Indian journal of veterinary science and animal husbandry - Volume 2,
Year: 1932
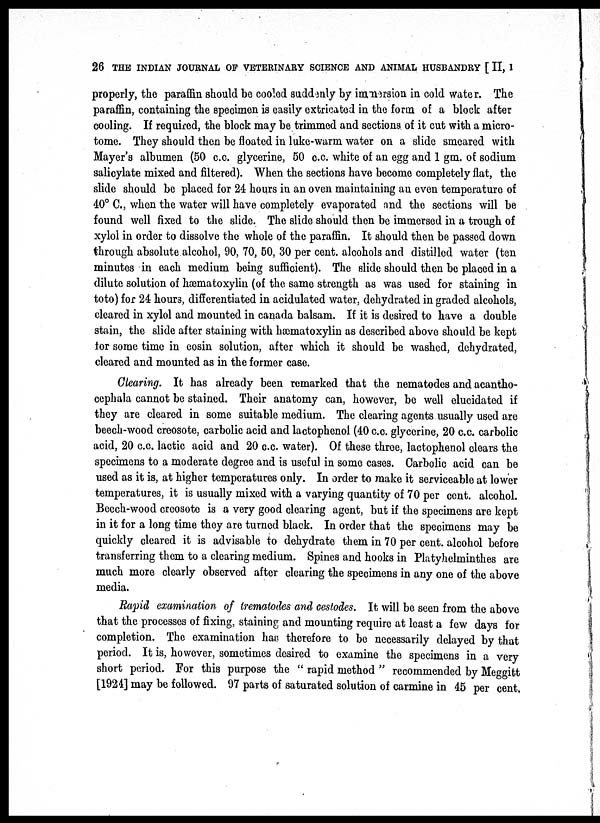
26 THE INDIAN JOURNAL OF VETERINARY SCIENCE AND ANIMAL HUSBANDRY [ II, 1
properly, the paraffin should be cooled suddenly by immersion in cold water. The
paraffin, containing the specimen is easily extricated in the form of a block after
cooling. If required, the block may be trimmed and sections of it cut with a micro-
tome. They should then be floated in luke-warm water on a slide smeared with
Mayer's albumen (50 c.c. glycerine, 50 c.c. white of an egg and 1 gm. of sodium
salicylate mixed and filtered). When the sections have become completely flat, the
slide should be placed for 24 hours in an oven maintaining an even temperature of
40° C., when the water will have completely evaporated and the sections will be
found well fixed to the slide. The slide should then be immersed in a trough of
xylol in order to dissolve the whole of the paraffin. It should then be passed down
through absolute alcohol, 90, 70, 50, 30 per cent. alcohols and distilled water (ten
minutes in each medium being sufficient). The slide should then be placed in a
dilute solution of hæmatoxylin (of the same strength as was used for staining in
toto) for 24 hours, differentiated in acidulated water, dehydrated in graded alcohols,
cleared in xylol and mounted in canada balsam. If it is desired to have a double
stain, the slide after staining with hæmatoxylin as described above should be kept
for some time in eosin solution, after which it should be washed, dehydrated,
cleared and mounted as in the former case.
Clearing. It has already been remarked that the nematodes and acantho¬
cephala cannot be stained. Their anatomy can, however, be well elucidated if
they are cleared in some suitable medium. The clearing agents usually used are
beech-wood creosote, carbolic acid and lactophenol (40 c.c. glycerine, 20 c.c. carbolic
acid, 20 c.c. lactic acid and 20 c.c water). Of these three, lactophenol clears the
specimens to a moderate degree and is useful in some cases. Carbolic acid can be
used as it is, at higher temperatures only. In order to make it serviceable at lower
temperatures, it is usually mixed with a varying quantity of 70 per cent.alcohol.
Beech-wood creosote is a very good clearing agent, but if the specimens are kept
in it for a long time they are turned black. In order that the specimens may be
quickly cleared it is advisable to dehydrate them in 70 per cent.alcohol before
transferring them to a clearing medium. Spines and hooks in Platyhelminthes are
much more clearly observed after clearing the specimens in any one of the above
media.
Rapid examination of trematodes and cestodes. It will be seen from the above
that the processes of fixing, staining and mounting require at least a few days for
completion. The examination has therefore to be necessarily delayed by that
period. It is, however, sometimes desired to examine the specimens in a very
short period. For this purpose the " rapid method " recommended by Meggitt
[1924] may be followed. 97 parts of saturated solution of carmine in 45 per cent.